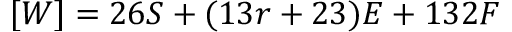
[ W ] = 2 6 S + ( 1 3 r + 2 3 ) { \cal { E } } + 1 3 2 F